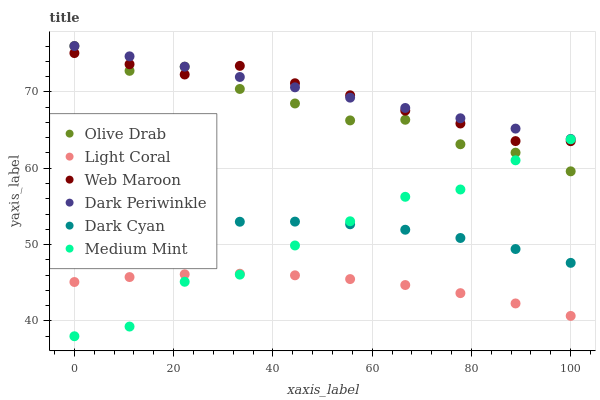
| xaxis_label | Olive Drab | Light Coral | Web Maroon | Dark Periwinkle | Dark Cyan | Medium Mint |
 | --- | --- | --- | --- | --- | --- | --- |
 | 0 | 76 | 45.1 | 75.1 | 76 | 50.7 | 38 |
 | 11.1 | 72.7 | 45.7 | 73.6 | 74.6 | 51.9 | 39.3 |
 | 22.2 | 73.3 | 46.1 | 72.3 | 73.3 | 52.6 | 45.1 |
 | 33.3 | 70.4 | 46.2 | 73.4 | 71.9 | 53 | 46.1 |
 | 44.4 | 68.5 | 46 | 71.1 | 70.6 | 53 | 49.9 |
 | 55.6 | 66.3 | 45.5 | 69.5 | 69.2 | 52.7 | 53.1 |
 | 66.7 | 66.3 | 44.7 | 67.5 | 67.9 | 51.9 | 56.3 |
 | 77.8 | 63.1 | 43.6 | 65.9 | 66.5 | 50.9 | 57.2 |
 | 88.9 | 62 | 42.3 | 63.6 | 65.2 | 49.4 | 61 |
 | 100 | 59.6 | 40.7 | 63.5 | 63.8 | 47.6 | 63.8 |